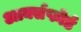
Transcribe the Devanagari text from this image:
आर्क्सफोर्ड